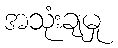
အသုံးချမှု